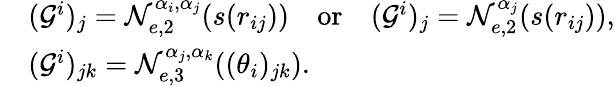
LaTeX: \begin{array}{rl}&{(\mathcal{G}^{i})_{j}=\mathcal{N}_{e,2}^{\alpha_{i},\alpha_{j}}(s(r_{ij}))\quad\mathrm{or}\quad(\mathcal{G}^{i})_{j}=\mathcal{N}_{e,2}^{\alpha_{j}}(s(r_{ij})),}\\ &{(\mathcal{G}^{i})_{jk}=\mathcal{N}_{e,3}^{\alpha_{j},\alpha_{k}}((\theta_{i})_{jk}).}\end{array}